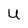
Character: u